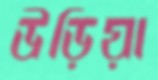
উড়িয়া